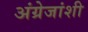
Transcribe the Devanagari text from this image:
अंग्रेजांशी